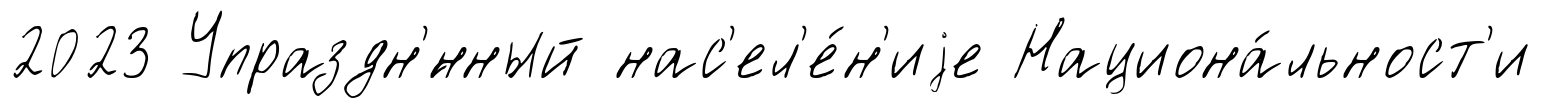
2023 Упраздн'́нный нас'ел'е́н'иjе Национа́льност'и